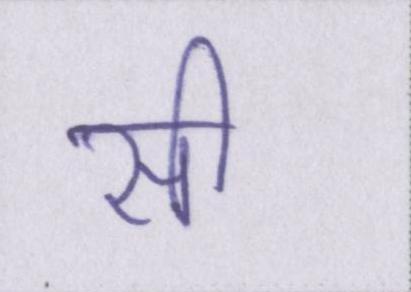
सी